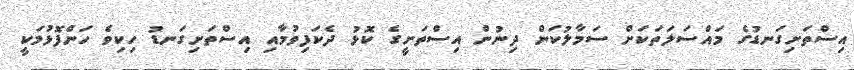
އިސްތަށިގަނޑުގެ މައްސަލަތަކަށް ސަމާލުކަން ދިނުން އިސްތަށީގެ ކޮޅު ދެކަފިވުމާއި އިސްތަށިގަނޑު ހިކިވެ ހަންފޮޅުމަކީ